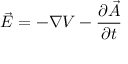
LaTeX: { \vec { E } } = - \nabla V - { \frac { \partial { \vec { A } } } { \partial t } }